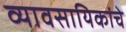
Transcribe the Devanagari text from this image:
व्यावसायिकांचे